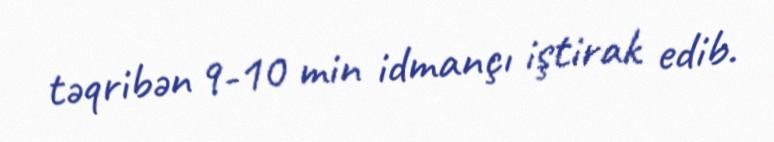
təqribən 9-10 min idmançı iştirak edib.